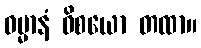
ဓမ္မာနံ ဝိစယော တထာ။